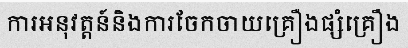
ការអនុវត្តន៍និងការចែកចាយគ្រឿងផ្សំគ្រឿង